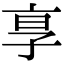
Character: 𬽊